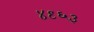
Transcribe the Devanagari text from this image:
४९६३